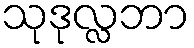
သုဒုလ္လဘာ